Annual report on the working of the mental hospitals in the Madras Presidency - 1912-1932
Year: 1912
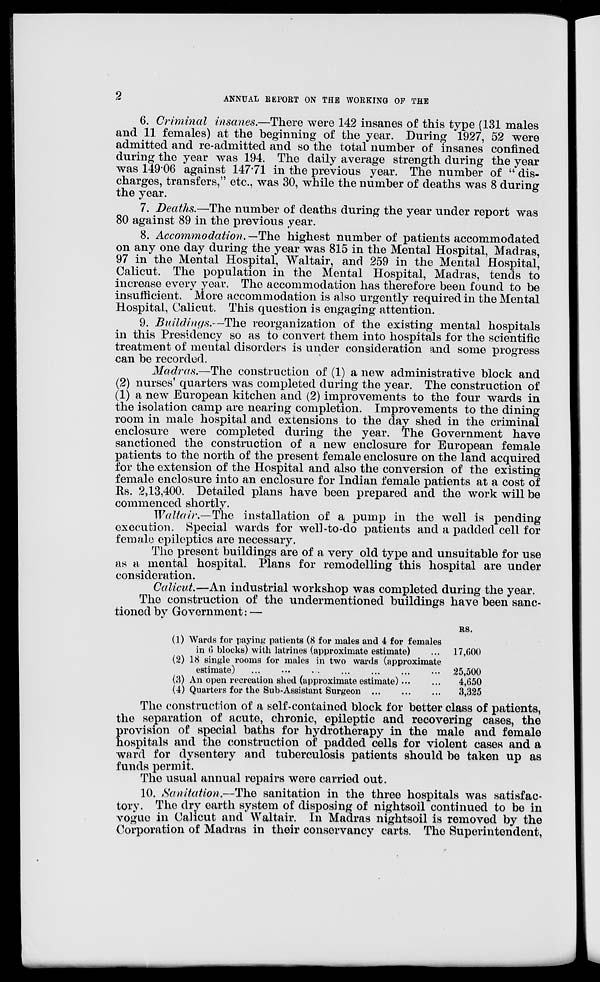
2
ANNUAL REPORT ON THE WORKING OF THE
6. Criminal insanes.—There were 142 insanes of this type (131 males
and 11 females) at the beginning of the year. During 1927, 52 were
admitted and re-admitted and so the total number of insanes confined
during the year was 194. The daily average strength during the year
was 149.06 against 147.71 in the previous year. The number of " dis-
charges, transfers," etc., was 30, while the number of deaths was 8 during
the year.
7. Deaths.—The number of deaths during the year under report was
80 against 89 in the previous year.
8. Accommodation. —The highest number of patients accommodated
on any one day during the year was 815 in the Mental Hospital, Madras,
97 in the Mental Hospital, Waltair, and 259 in the Mental Hospital,
Calicut. The population in the Mental Hospital, Madras, tends to
increase every year. The accommodation has therefore been found to be
insufficient. More accommodation is also urgently required in the Mental
Hospital, Calicut. This question is engaging attention.
9. Buildings.—The reorganization of the existing mental hospitals
in this Presidency so as to convert them into hospitals for the scientific
treatment of mental disorders is under consideration and some progress
can be recorded.
Madras.—The construction of (1) a new administrative block and
(2) nurses' quarters was completed during the year. The construction of
(1) a new European kitchen and (2) improvements to the four wards in
the isolation camp are nearing completion. Improvements to the dining
room in male hospital and extensions to the day shed in the criminal
enclosure were completed during the year. The Government have
sanctioned the construction of a new enclosure for European female
patients to the north of the present female enclosure on the land acquired
for the extension of the Hospital and also the conversion of the existing
female enclosure into an enclosure for Indian female patients at a cost of
Rs. 2,13,400. Detailed plans have been prepared and the work will be
commenced shortly.
Waltair.—The installation of a pump in the well is pending
execution. Special wards for well-to-do patients and a padded cell for
female epileptics are necessary.
The present buildings are of a very old type and unsuitable for use
as a mental hospital. Plans for remodelling this hospital are under
consideration.
Calicut.—An industrial workshop was completed during the year.
The construction of the undermentioned buildings have been sanc-
tioned by Government: —
(1)
(2)
(3)
(4)
Wards for paying patients (8 for males and 4 for females
in 6 blocks) with latrines (approximate estimate) ...
18 single rooms for males in two wards (approximate
estimate) ... ... ... ... ...
An open recreation shed (approximate estimate) ...
Quarters for the Sub-Assistant Surgeon ...
RS.
17,600
25,500
4,650
3,325
The construction of a self-contained block for better class of patients,
the separation of acute, chronic, epileptic and recovering cases, the
provision of special baths for hydrotherapy in the male and female
hospitals and the construction of padded cells for violent cases and a
ward for dysentery and tuberculosis patients should be taken up as
funds permit.
The usual annual repairs were carried out.
10. Sanitation.—The sanitation in the three hospitals was satisfac-
tory. The dry earth system of disposing of nightsoil continued to be in
vogue in Calicut and Waltair. In Madras nightsoil is removed by the
Corporation of Madras in their conservancy carts. The Superintendent,